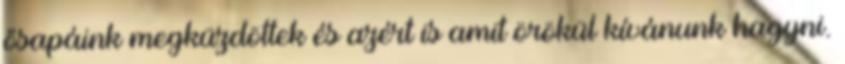
ősapáink megküzdöttek és azért is amit örökül kívánunk hagyni.